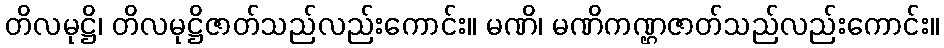
တိလမုဋ္ဌိ၊ တိလမုဋ္ဌိဇာတ်သည်လည်းကောင်း။ မဏိ၊ မဏိကဏ္ဌဇာတ်သည်လည်းကောင်း။